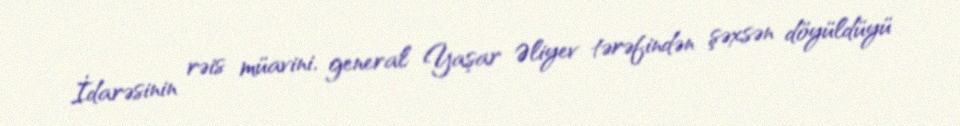
İdarəsinin rəis müavini, general Yaşar Əliyev tərəfindən şəxsən döyüldüyü